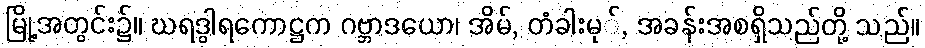
မြို့အတွင်း၌။ ဃရဒွါရကောဋ္ဌက ဂဗ္ဘာဒယော၊ အိမ်, တံခါးမု်, အခန်းအစရှိသည်တို့ သည်။